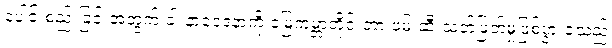
ပေါင်းစည်းခြင်းအတွက် ခါးနာဝေဒနာကို မြေကမ္ဘာတိုင်းတာ ဖမ်းဆီးသတ်ဖြတ်မှုဖြစ်ပွားခဲ့သည်